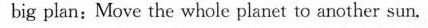
big plan:Move the whole planet to another sun.